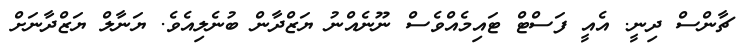
ޗާންސް ދިނީ. އެއީ ފަސްޓް ޓައިމެއްވެސް ނޫނެއްނު ޔަޒްދާން ބުނެލިއެވެ. ޔަނާލް ޔަޒްދާނަށް